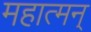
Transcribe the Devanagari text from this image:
महात्मन्‌